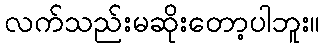
လက်သည်းမဆိုးတော့ပါဘူး။